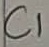
Text: C1